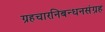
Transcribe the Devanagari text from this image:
ग्रहचारनिबन्धनसंग्रह